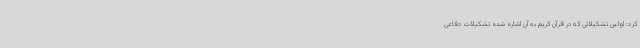
کرد: اولین تشکیلاتی که در قرآن کریم به آن اشاره شده تشکیلات دفاعی